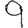
Digit: 9